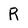
Character: R